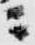
ニ